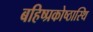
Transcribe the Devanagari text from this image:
बहिष्प्रकोष्ठास्थि